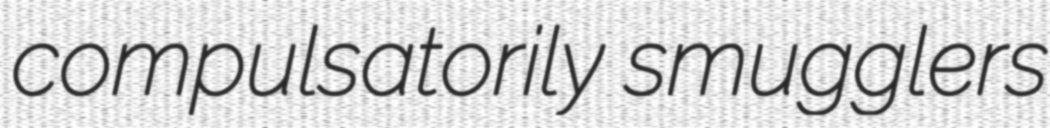
compulsatorily smugglers